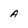
Character: a